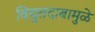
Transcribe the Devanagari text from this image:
विद्युतदाबामुळे